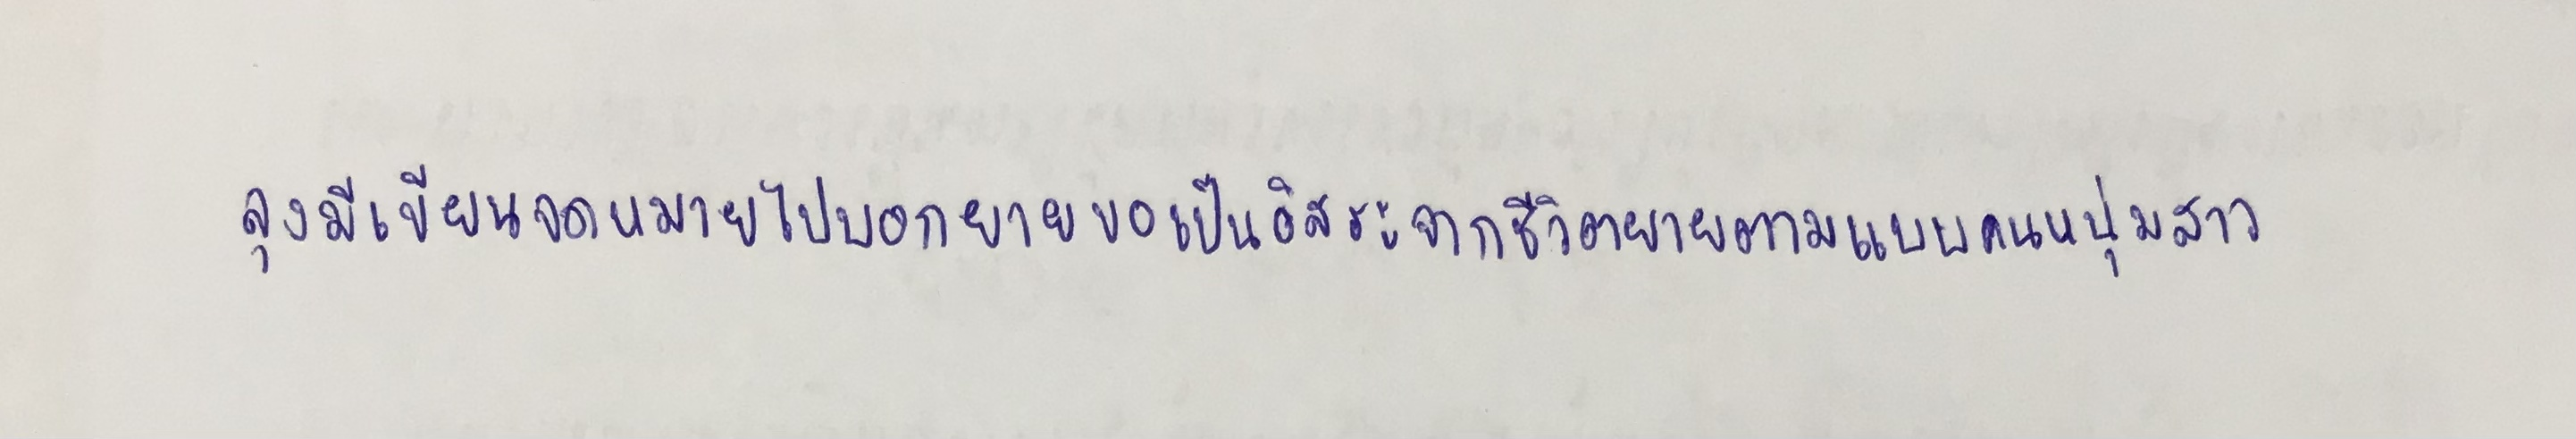
ลุงมีเขียนจดหมายไปบอกยายขอเป็นอิสระจากชีวิตยายตามแบบคนหนุ่มสาว